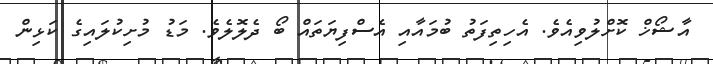
އާޝޯޚް ކޮށްލުވިއެވެ. އެހިތިފަތު ބުމައާއި އެސްފިޔަތައް ބޯ ދެލޮލެވެ. މަޑު މުށިކުލައިގެ ކަޅިން